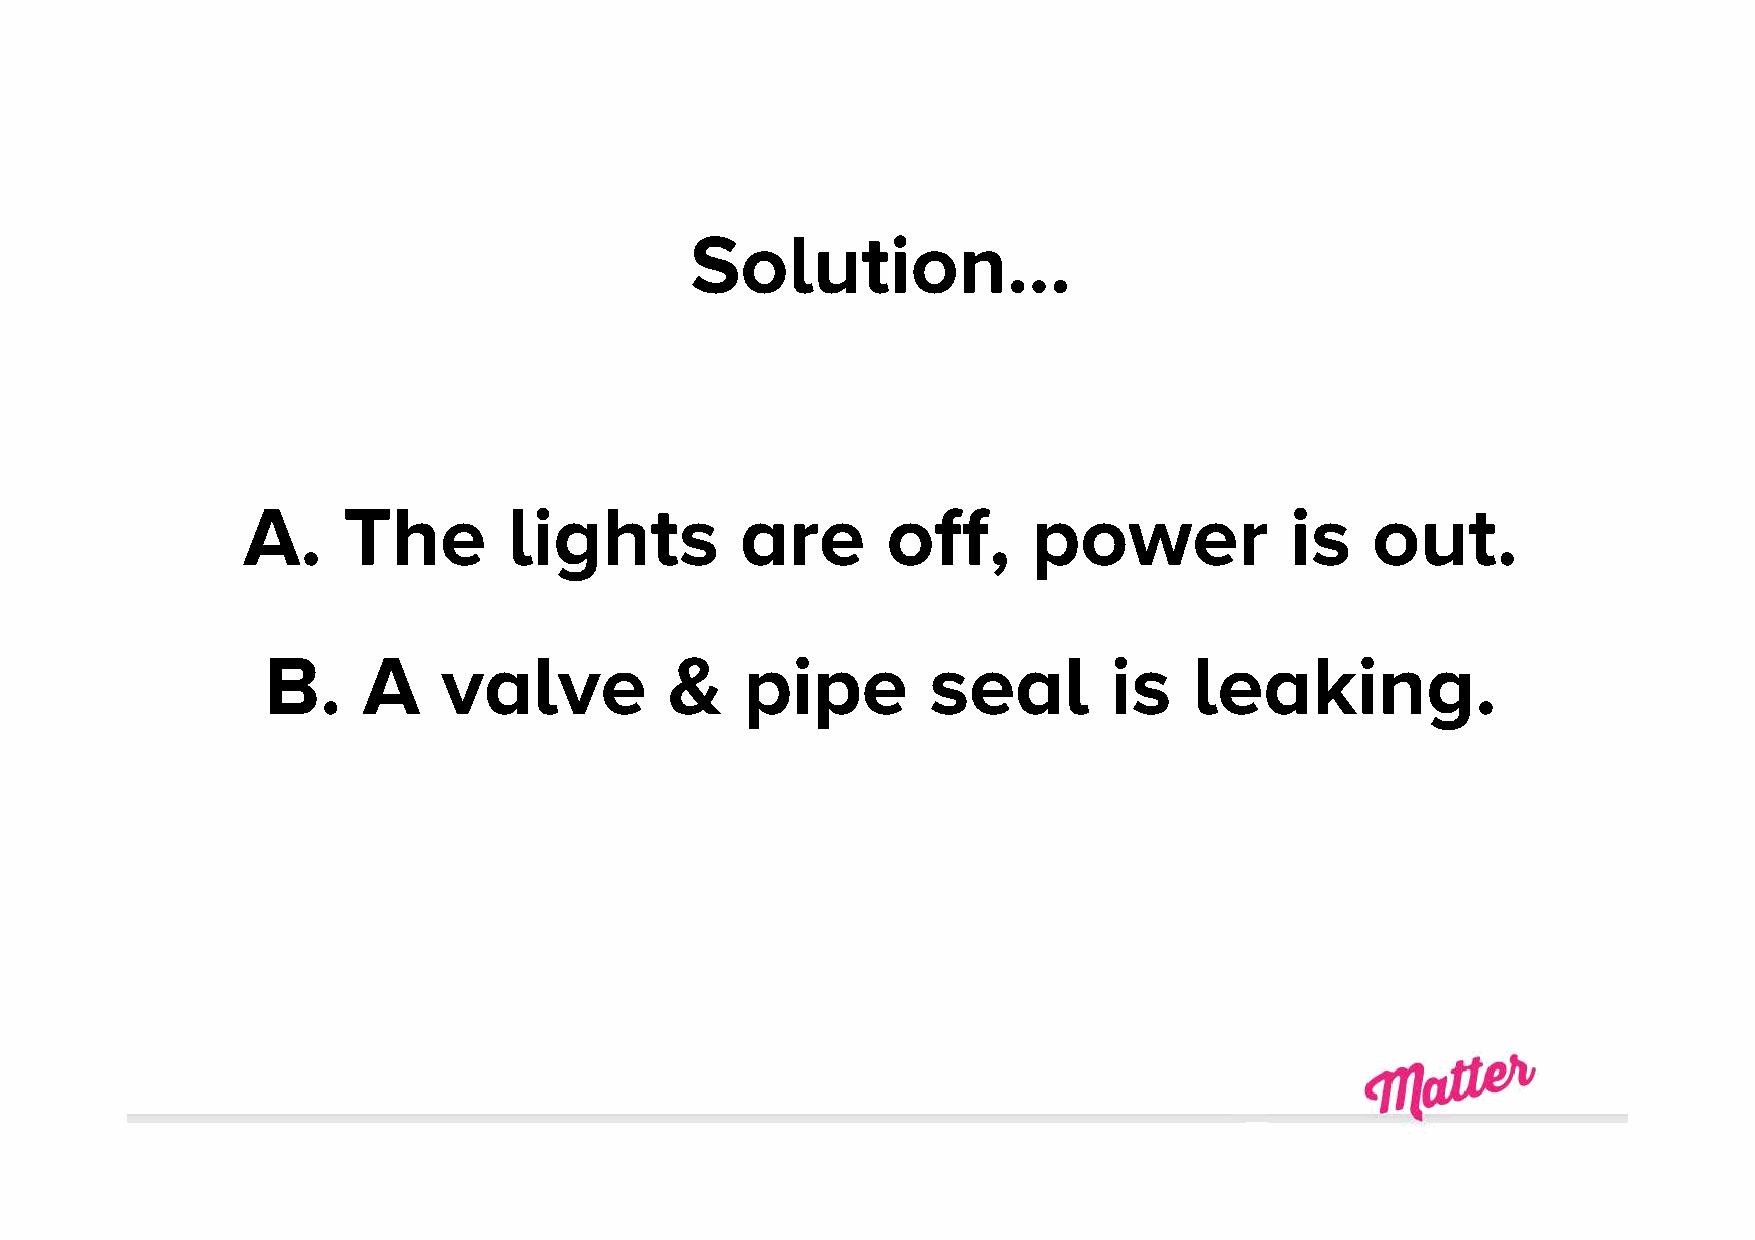
Solution…
 A.     The        lights         are       off,     power            is    out.
 B.    A    valve          &    pipe        seal        is    leaking.